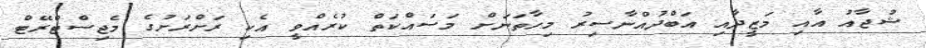
ޝުޖާއު އާއި މަޒީދާއި އަބްދުއްނާސިރު މިހާތަނަށް މަސައްކަތް ކުރެއްވީ އެކި ރަށްރަށުގެ މެޖިސްޓްރޭޓް